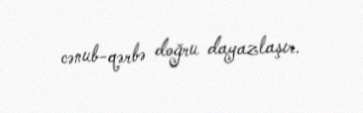
cənub-qərbə doğru dayazlaşır.